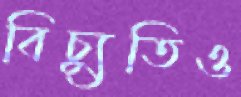
বিচ্যুতিও